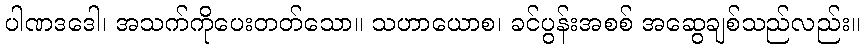
ပါဏဒဒေါ၊ အသက်ကိုပေးတတ်သော။ သဟာယောစ၊ ခင်ပွန်းအစစ် အဆွေချစ်သည်လည်း။